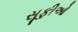
સૂફીઓ